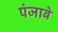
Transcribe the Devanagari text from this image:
पंजाबे